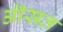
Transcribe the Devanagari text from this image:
ऒसत